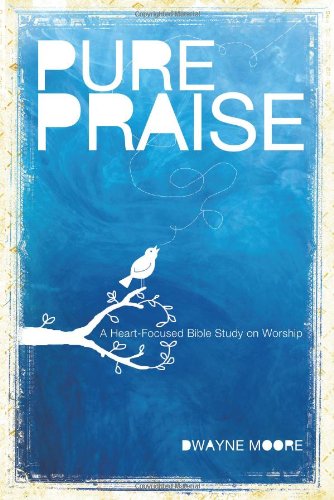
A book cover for Pure Praise: A Heart-Focused Bible Study on Worship; Dwayne Moore; Christian Books & Bibles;